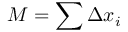
M = \sum \Delta x _ { i }